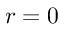
r = 0